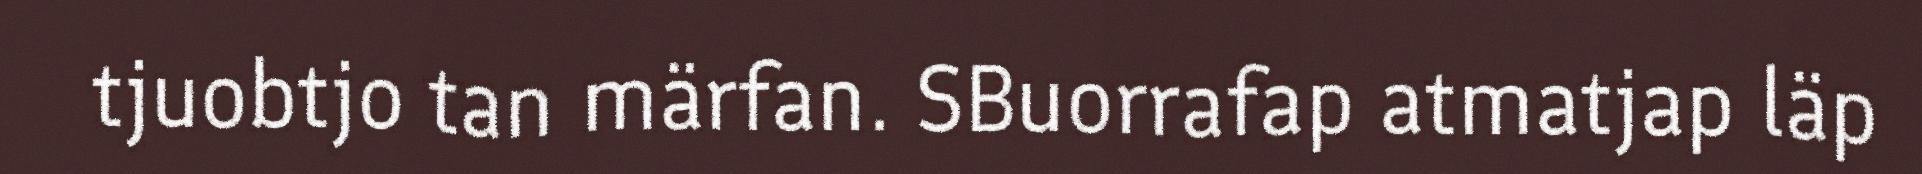
tjuobtjo tan märfan. SBuorrafap atmatjap läp